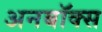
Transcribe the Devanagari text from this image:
अनबॉक्स